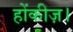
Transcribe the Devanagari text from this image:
होंकीज़।